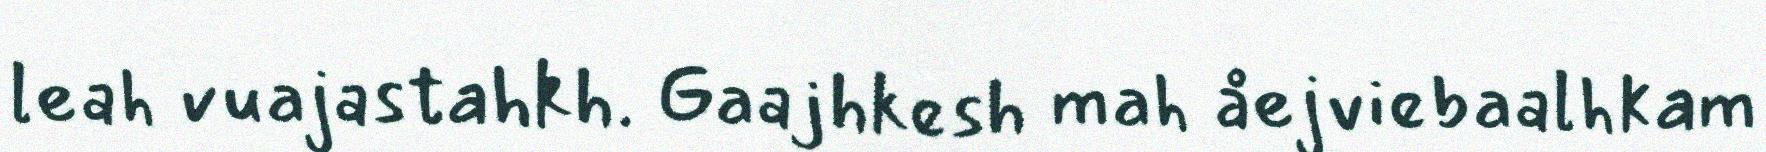
leah vuajastahkh. Gaajhkesh mah åejviebaalhkam